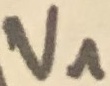
Text: V1